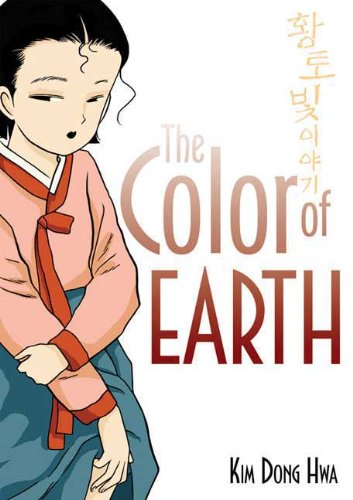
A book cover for The Color of Earth; Dong Hwa Kim; Comics & Graphic Novels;